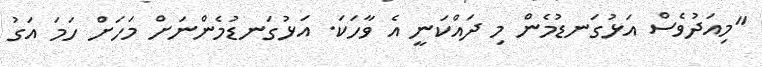
"މިއަދުވެސް އަޅުގަނޑުމެން މި ދައްކަނީ އެ ވާހަކަ. އަޅުގަނޑުމެންނަށް މަހަށް ހަމަ އަގު